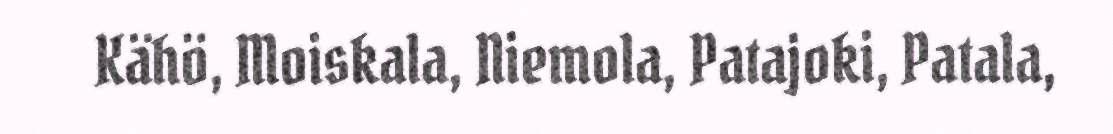
Kähö, Moiskala, Niemola, Patajoki, Patala,